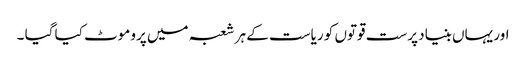
اور یہاں بنیاد پرست قوتوں کو ریاست کے ہر شعبہ میں پروموٹ کیا گیا ۔